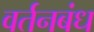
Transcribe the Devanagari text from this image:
वर्तनबंध